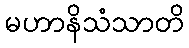
မဟာနိသံသာတိ